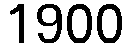
1900